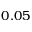
0 . 0 5